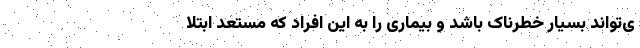
ی‌تواند بسیار خطرناک باشد و بیماری را به این افراد که مستعد ابتلا